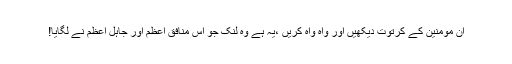
ان مومنین کے کرتوت دیکھیں اور واہ واہ کریں ،یہ ہے وہ لنک جو اس منافق اعظم اور جاہل اعظم نے لگایا!